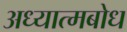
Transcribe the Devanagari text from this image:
अध्यात्मबोध